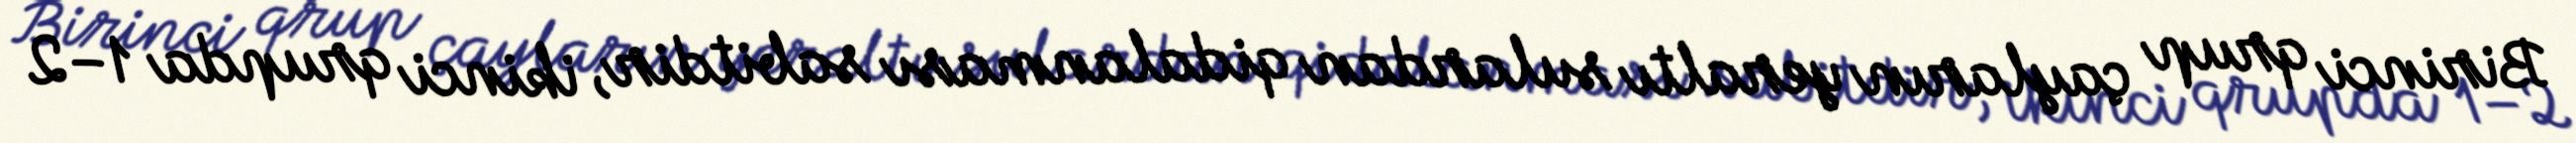
Birinci qrup çayların yeraltı sulardan qidalanması sabitdir, ikinci qrupda 1–2